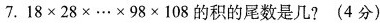
7.$$1 8 \times 2 8 \times…\times 9 8 \times 1 0 8$$的积的尾数是几？ （4分）